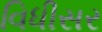
વિધીસર